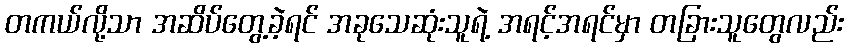
တကယ်လို့သာ အဆိပ်တွေ့ခဲ့ရင် အခုသေဆုံးသူရဲ့ အရင့်အရင်မှာ တခြားသူတွေလည်း